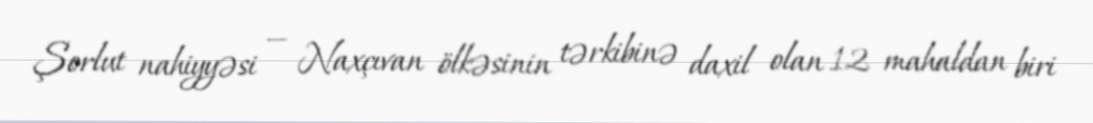
Şorlut nahiyyəsi — Naxçıvan ölkəsinin tərkibinə daxil olan 12 mahaldan biri